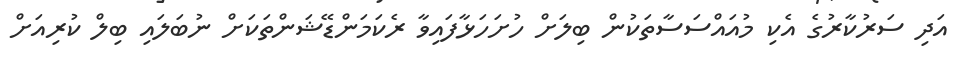
އަދި ސަރުކާރުގެ އެކި މުއައްސަސާތަކުން ބިލަށް ހުށަހަޅާފައިވާ ރެކަމަންޑޭޝަންތަކަށް ނުބަލައި ބިލް ކުރިއަށް